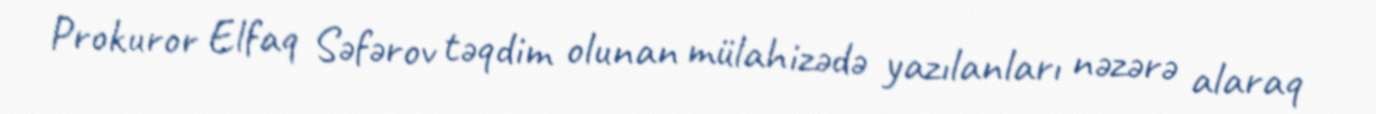
Prokuror Elfaq Səfərov təqdim olunan mülahizədə yazılanları nəzərə alaraq